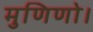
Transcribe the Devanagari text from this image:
मुणिणो।